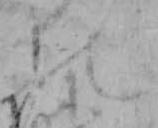
の